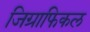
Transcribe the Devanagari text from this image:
जिग्राफिकल